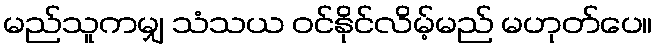
မည်သူကမျှ သံသယ ဝင်နိုင်လိမ့်မည် မဟုတ်ပေ။